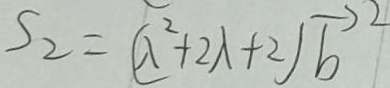
S _ { 2 } = ( \lambda ^ { 2 } + 2 \lambda + 2 ) \overline { b } ^ { 2 }